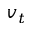
v _ { t }